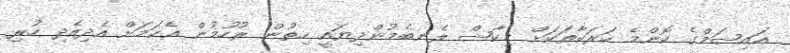
އައިޝަމްގެ ކޮންމެ ހަރަކާތަކަށް މިކާޝް ލެނބެމުންދިޔައީ ހިތުން ރުހުމުން އެކަމަށް އެދިއެދި ހުރި